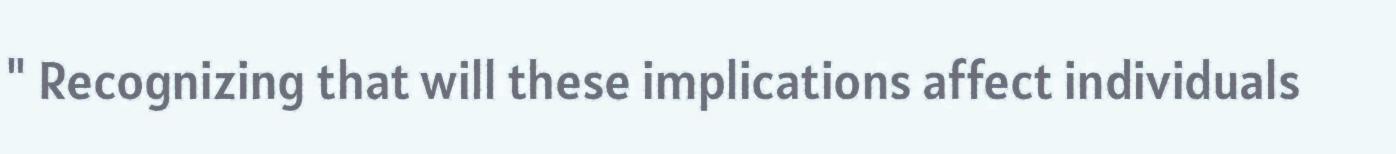
" Recognizing that will these implications affect individuals